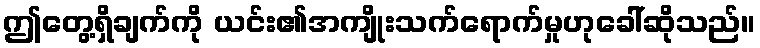
ဤတွေ့ရှိချက်ကို ယင်း၏အကျိုးသက်ရောက်မှုဟုခေါ်ဆိုသည်။